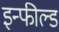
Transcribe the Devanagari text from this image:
इन्फील्ड